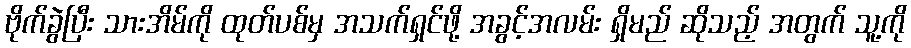
ဗိုက်ခွဲပြီး သားအိမ်ကို ထုတ်ပစ်မှ အသက်ရှင်ဖို့ အခွင့်အလမ်း ရှိမည် ဆိုသည့် အတွက် သူ့ကို